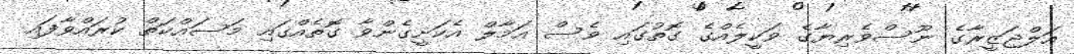
އަލްޖަޒީރާގެ ނޫސްވެރިޔާގެ ވަކީލެއްގެ ގޮތުގައި ވެސް އަމާލް އެކަށީގެންވާ ގޮތެއްގައި މަސައްކަތް ކުރައްވާފައި